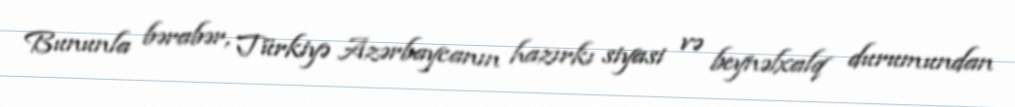
Bununla bərabər, Türkiyə Azərbaycanın hazırkı siyasi və beynəlxalq durumundan